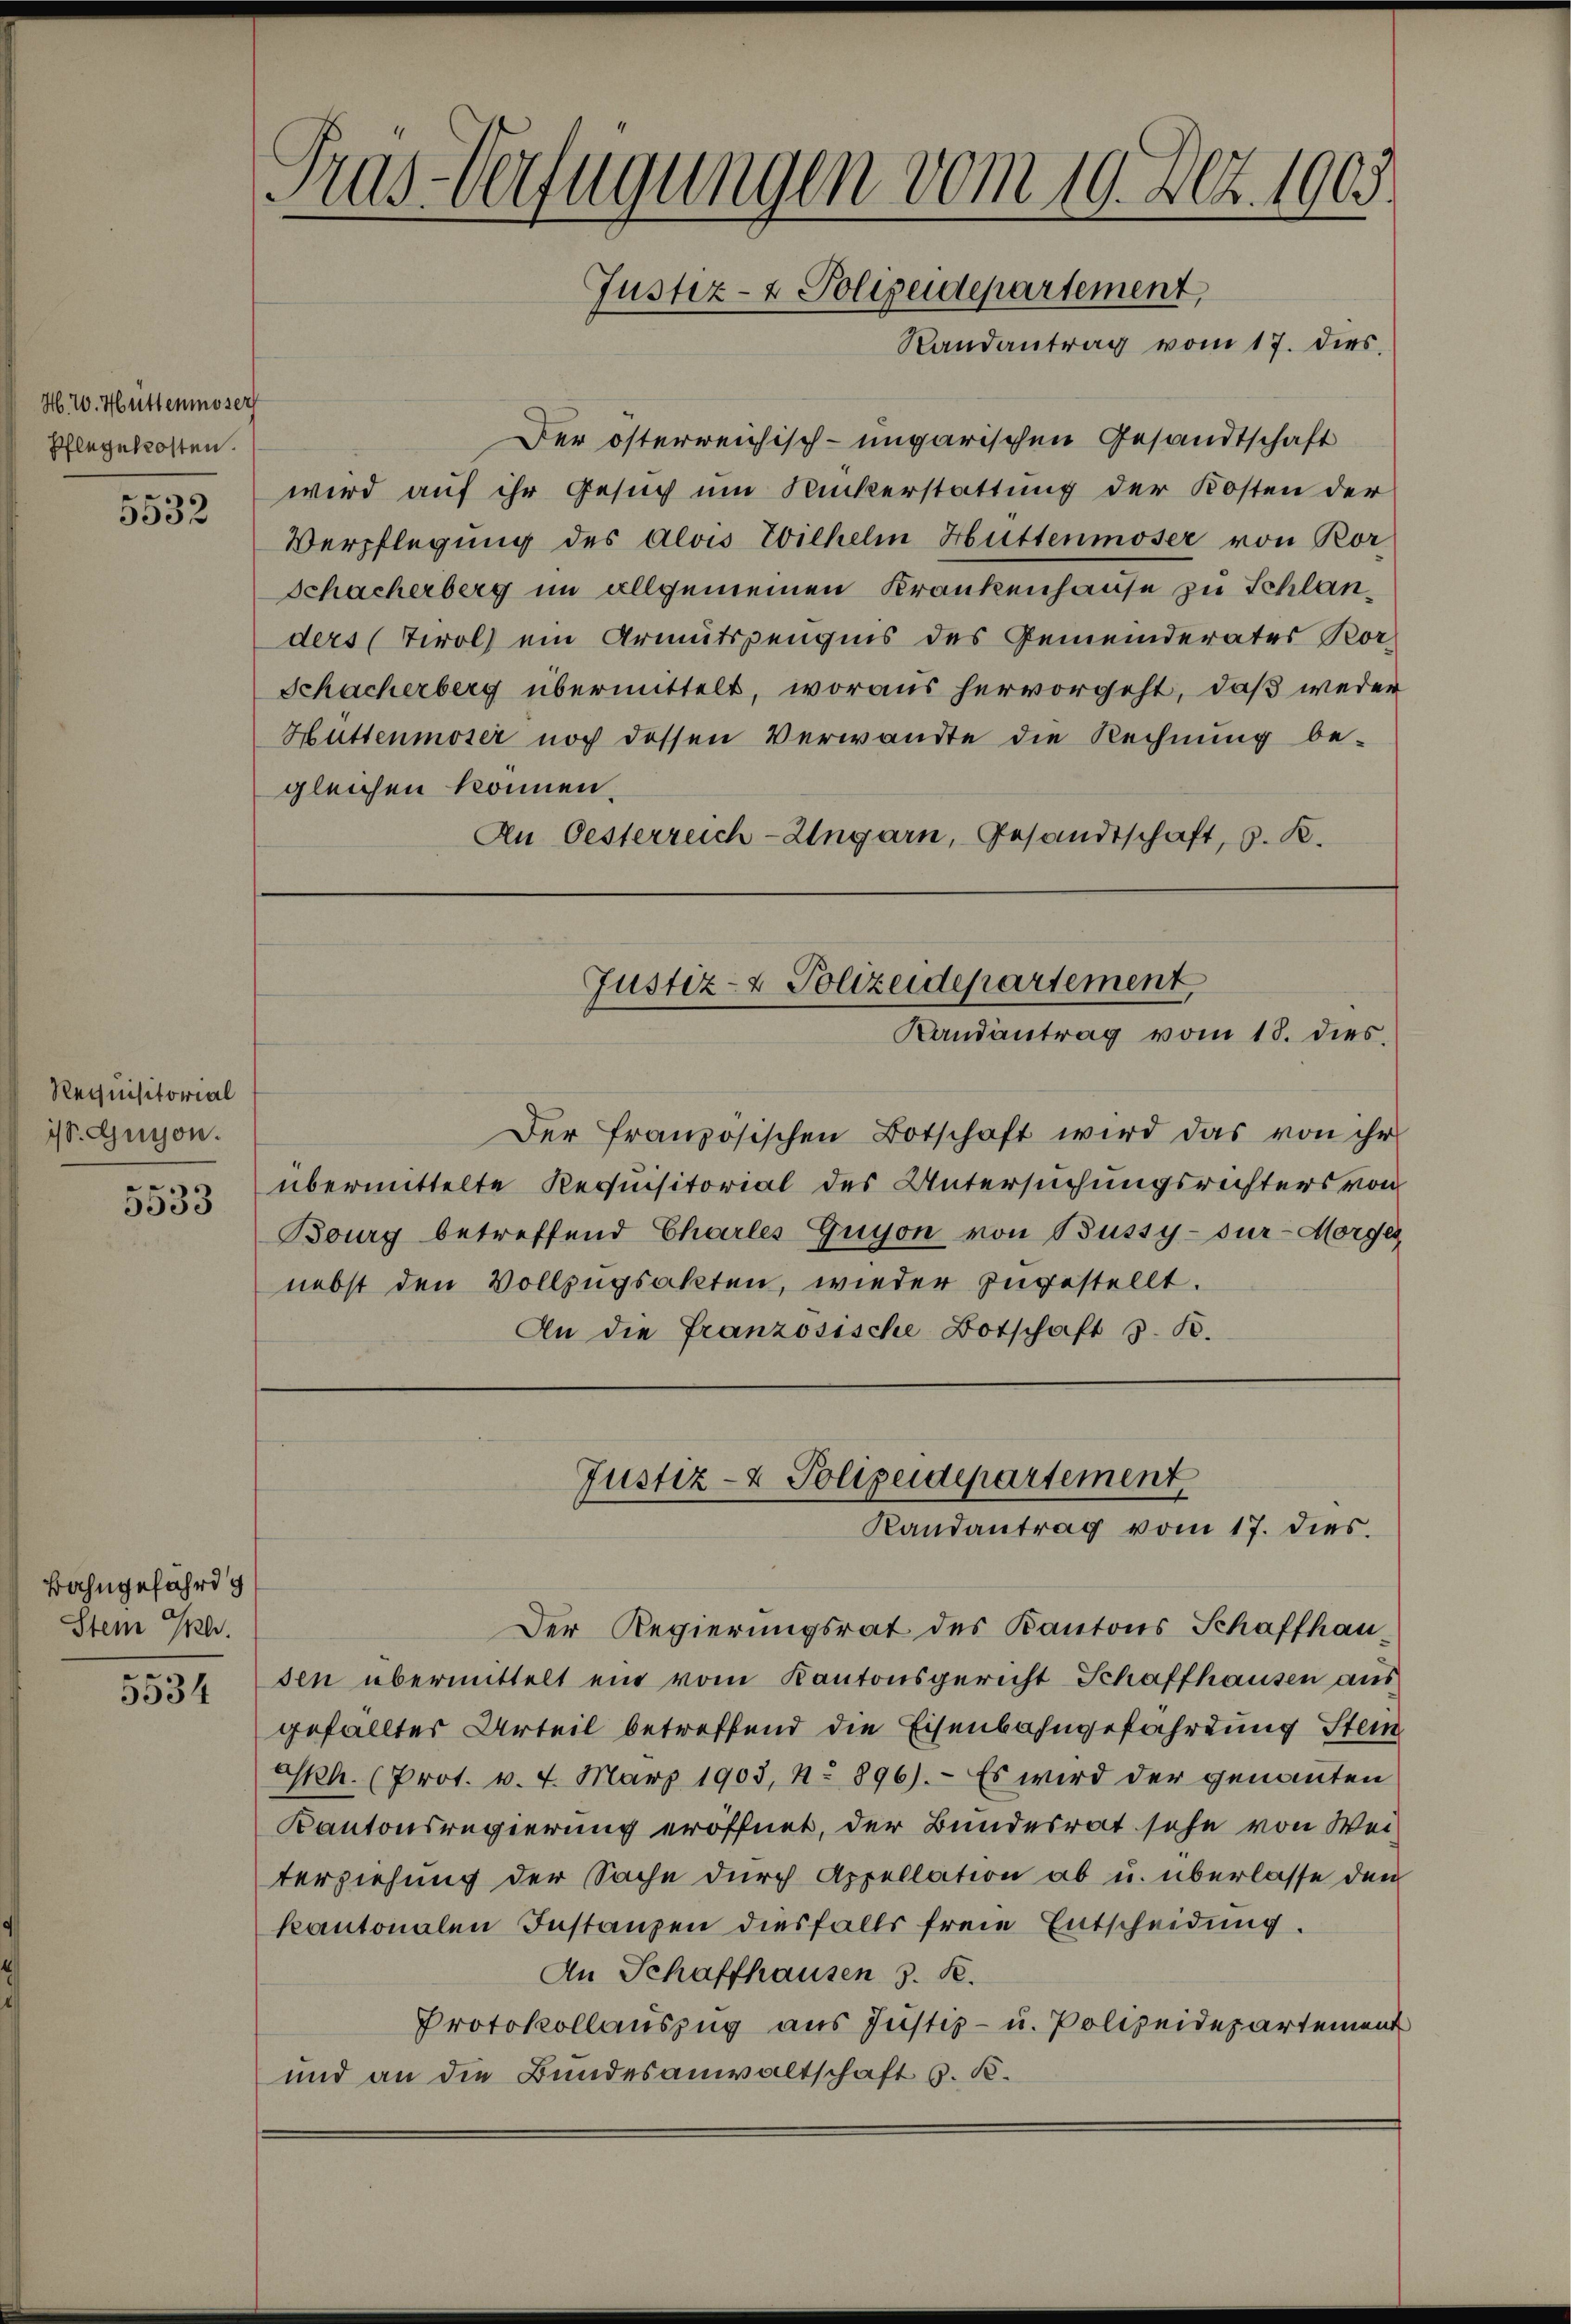
H. W. Hüttenmoser
Pflegekosten.

5532

Requisitorial
is. Guigon.
5533

Bahngefährdg
Stein Gl
5534

Tras-Verfügungen vom 19. Dez. 1903.
Justiz- & Polizeidepartement,
Randantrag vom 17. dies.

Der österreichisch-ungarischen Gesandtschaft
wird auf ihr Gesuch um Ruckerstattung der Kosten der
Verpflegung des Alois Wilhelm Hüttenmoser von Ror
Schacherberg im allgemeinen Krankenhause zu Schlanders (Tirol ein Armutszeugnis des Gemeinderates Kor¬
Schacherberg übermittelt, woraus hervorgeht, daß weder
Hüttenmoser noch dessen Verwandte die Rechnung be-
gleichen können,
An Oesterreich-Ungarn, Gesandtschaft, s. R.

Justiz- & Polizeidepartement,
Randantrag vom 18. dies

Der französischen Botschaft wird das von ihr
übermittelte Requisitorial des Untersuchungsrechters von
Bourg betreffend Charles Guyon von Bussy-Sur-Morges
nebst den Vollzugsakten, wieder zugestellt.
An die französische Botschaft z. B.

Justiz- & Polizeidepartement
Randantrag vom 17. dies.

Der Regierungsrat des Kantons Schaffhausen übermittelt ein vom Kantonsgericht Schaffhausen aus
gefälltes Urteil betreffend die Eisenbahngefahrung Stein
esh. (Prot. v. 4. März 1903, No 896). Es wird der genannten
Kantonsregierung eröffnet, der Bundesrat sehe von Wei-
terziehung der Sache durch Appellation ab u. überlasse den
kantonalen Instanzen diesfalls freie Entscheidung.
An Schaffhausen 3. K.
Protokollauszug aus Justiz- u. Polizeidepartement
und an die Bundesanwaltschaft s. B.